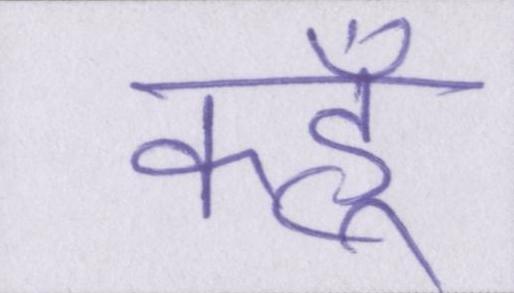
कहूँ